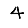
Digit: 4